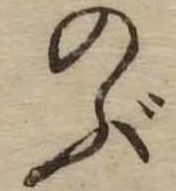
のぶ